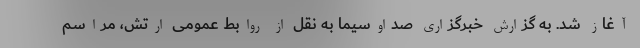
آغاز شد. به گزارش خبرگزاری صداوسیما به نقل از روابط عمومی ارتش، مراسم